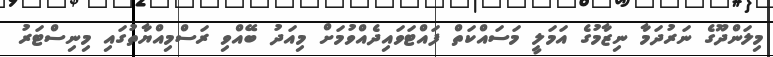
މިލަންދޫގެ ނަރުދަމާ ނިޒާމުގެ އަމަލީ މަސައްކަތް ފައްޓަވައިދެއްވުމަށް މިއަދު ބޭއްވި ރަސްމިއްޔާތުގައި މިނިސްޓަރު